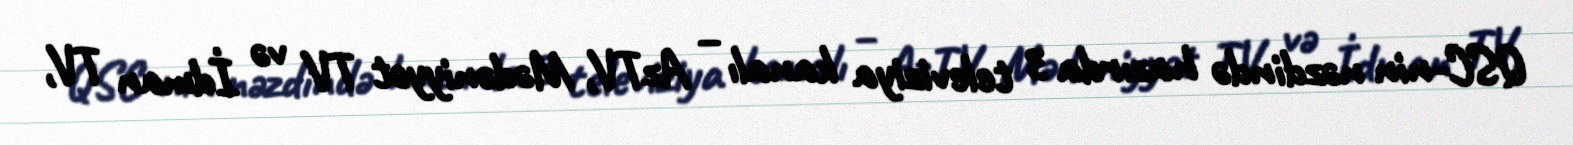
QSC-nin nəzdində hazırda 3 televiziya kanalı – AzTV, Mədəniyyət TV və İdman TV,